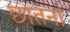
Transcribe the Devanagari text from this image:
छातना